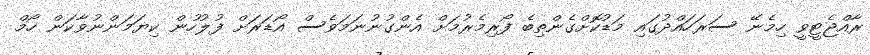
ރާއްޖެޓީވީ ހިމެނޭ ސަރަހައްދުގައި މަޑުކޮށްގެންތިބެ ފޯރިމެރުމަށް އެންގުނުނަމަވެސް އޯޑަރަށް ފުލުހުން ކިޔަމަންނުވާކަން ހޯމް